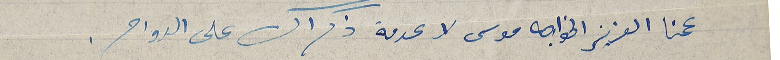
عمنا العزيز الخواجه موسى لا عدمة ذكراك على الدوام.